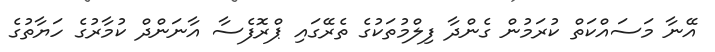
އޭނާ މަސައްކަތް ކުރަމުން ގެންދާ ފިލްމުތަކުގެ ތެރޭގައި ޕްރޮފެސާ އާނަންދް ކުމާރުގެ ހަޔާތުގެ